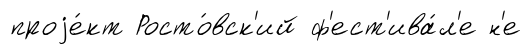
проjе́кт Росто́вск'ий ф'ест'ива́л'е н'е